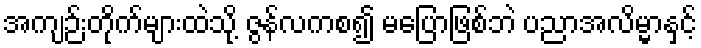
အကျဉ်းတိုက်များထဲသို့ ဇွန်လကစ၍ မပြောဖြစ်ဘဲ ပညာအလိမ္မာနှင့်